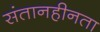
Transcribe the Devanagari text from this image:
संतानहीनता